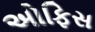
અોફિસ